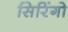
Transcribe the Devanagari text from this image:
सिरिंगो